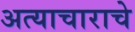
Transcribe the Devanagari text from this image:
अत्‍याचाराचे